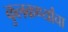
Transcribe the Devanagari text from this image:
कुलकर्ण्यांचा